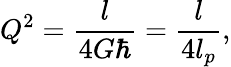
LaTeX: Q^{2}={\frac{l}{4G\hbar}}={\frac{l}{4l_{p}}},